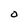
Character: 0